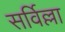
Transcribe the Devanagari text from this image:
सर्विल्ला